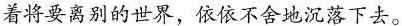
着将要离别的世界，依依不舍地沉落下去。